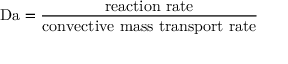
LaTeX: \mathrm { D a } = { \frac { \mathrm { r e a c t i o n ~ r a t e } } { \mathrm { c o n v e c t i v e ~ m a s s ~ t r a n s p o r t ~ r a t e } } }